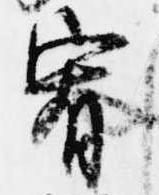
宥